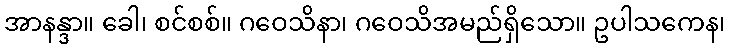
အာနန္ဒာ။ ခေါ၊ စင်စစ်။ ဂဝေသိနာ၊ ဂဝေသိအမည်ရှိသော။ ဥပါသကေန၊